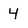
Character: 4